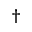
^ \dag